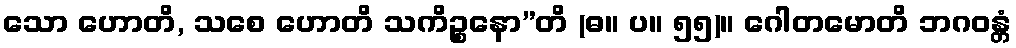
သော ဟောတိ, သစေ ဟောတိ သကိဉ္စနော”တိ (ဓ။ ပ။ ၅၅)။ ဂေါတမောတိ ဘဂဝန္တံ